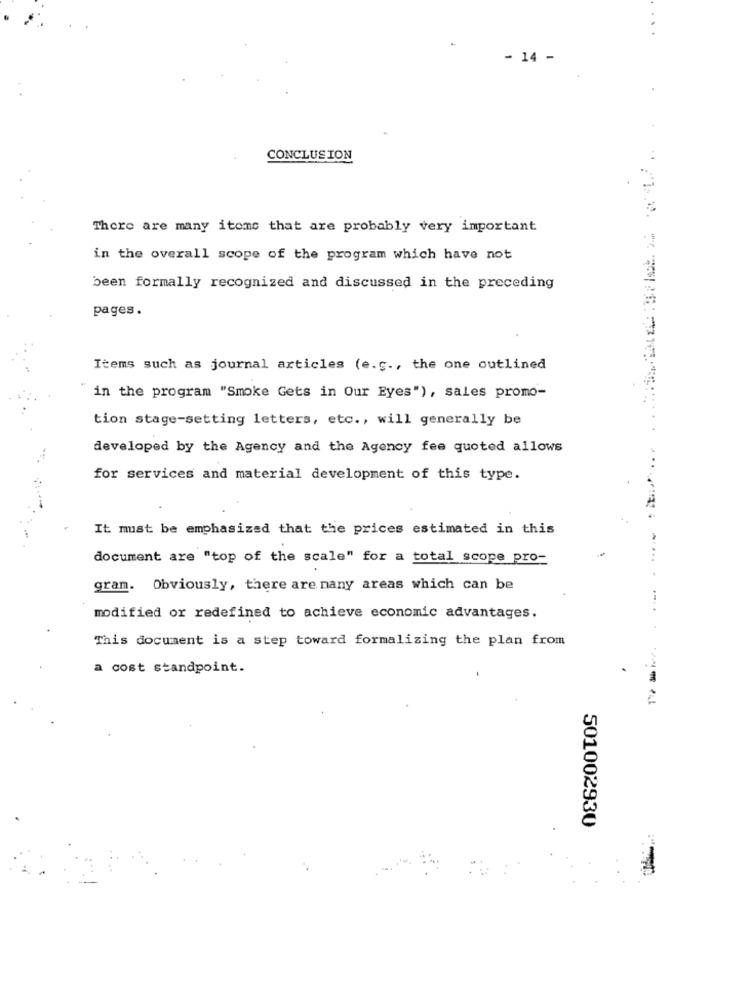
..
- 14 -
CONCLUSION
There are many items that are probably very important
in the overall scope of the program which have not
been formally recognized and discussed in the preceding
pages.
Items such as journal articles (e.g ., the one outlined
in the program "Smoke Gets in Our Eyes"), sales promo-
tion stage-setting letters, etc ., will generally be
...
developed by the Agency and the Agency fee quoted allows
...
for services and material development of this type.
It must be emphasized that the prices estimated in this
document are "top of the scale" for a total scope pro-
...
gram. Obviously, there are many areas which can be
modified or redefined to achieve economic advantages.
This document is a step toward formalizing the plan from
a cost standpoint.
501002930